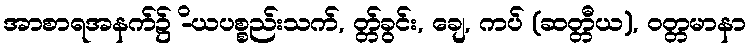
အာစာရအနက်၌ -ိယပစ္စည်းသက်, တ္တ်ခွင်း, ချေ, ကပ် (ဆတ္တီယ), ဝတ္တမာနာ